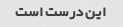
این درست است